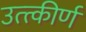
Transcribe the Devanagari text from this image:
उत्त्कीर्ण